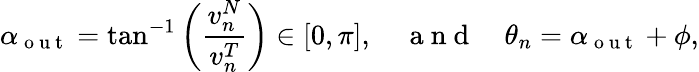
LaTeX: \alpha_{\mathrm{~o~u~t~}}=\tan^{-1}\left(\frac{v_{n}^{N}}{v_{n}^{T}}\right)\in[0,\pi],\quad\mathrm{~a~n~d~}\quad\theta_{n}=\alpha_{\mathrm{~o~u~t~}}+\phi,